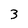
Character: 3